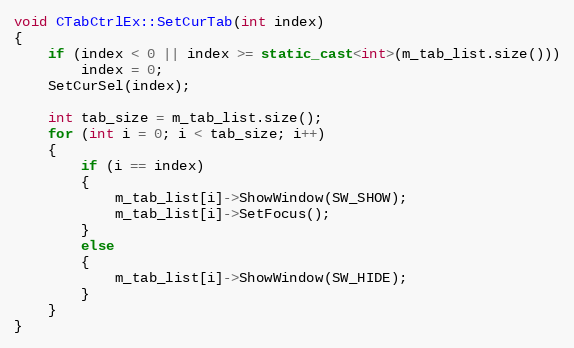
Language: C++
void CTabCtrlEx::SetCurTab(int index)
{
    if (index < 0 || index >= static_cast<int>(m_tab_list.size()))
        index = 0;
	SetCurSel(index);

	int tab_size = m_tab_list.size();
	for (int i = 0; i < tab_size; i++)
	{
		if (i == index)
		{
			m_tab_list[i]->ShowWindow(SW_SHOW);
			m_tab_list[i]->SetFocus();
		}
		else
		{
			m_tab_list[i]->ShowWindow(SW_HIDE);
		}
	}
}